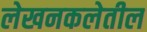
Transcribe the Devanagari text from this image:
लेखनकलेतील